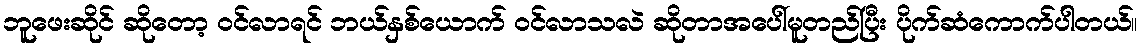
ဘူဖေးဆိုင် ဆိုတော့ ဝင်လာရင် ဘယ်နှစ်ယောက် ဝင်လာသလဲ ဆိုတာအပေါ်မူတည်ပြီး ပိုက်ဆံကောက်ပါတယ်။